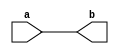
module abc9_test007_sub(input a, output b);
assign b = a;
endmodule